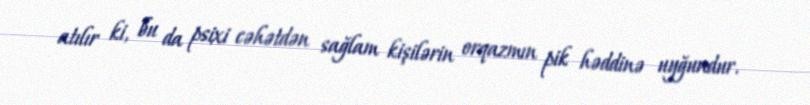
atılır ki, bu da psixi cəhətdən sağlam kişilərin orqazmın pik həddinə uyğundur.